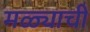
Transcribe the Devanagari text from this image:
मळ्याची